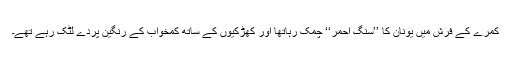
کمرے کے فرش میں یونان کا ’’سنگ احمر‘‘ چمک رہاتھا اور کھڑکیوں کے ساتھ کمخواب کے رنگین پردے لٹک رہے تھے۔